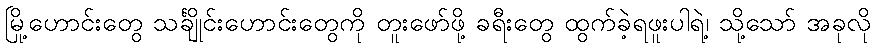
မြို့ဟောင်းတွေ သင်္ချိုင်းဟောင်းတွေကို တူးဖော်ဖို့ ခရီးတွေ ထွက်ခဲ့ရဖူးပါရဲ့၊ သို့သော် အခုလို